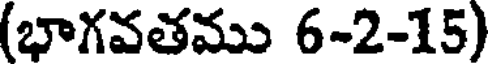
(భాగవతము 6-2-15)